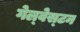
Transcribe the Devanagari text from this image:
गेल्‍वेस्‍टन